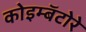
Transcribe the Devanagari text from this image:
कोइम्बॅटोरे